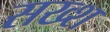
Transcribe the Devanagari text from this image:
सख्श